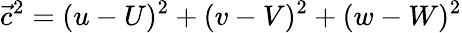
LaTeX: {\vec{c}}^{2}=(u-U)^{2}+(v-V)^{2}+(w-W)^{2}